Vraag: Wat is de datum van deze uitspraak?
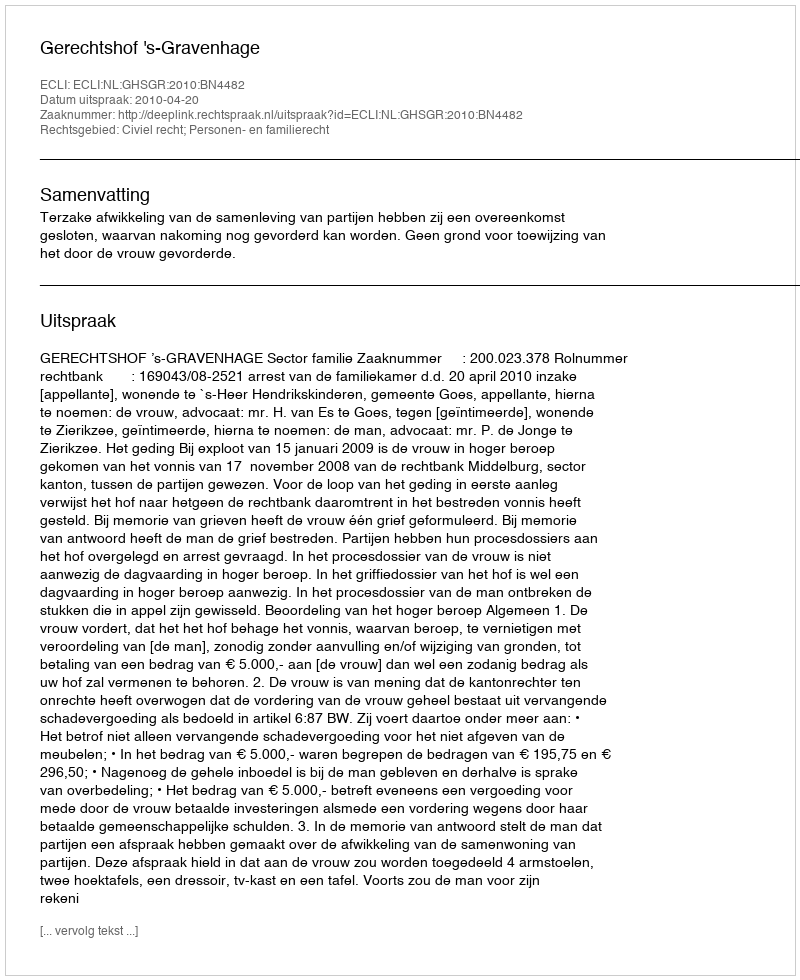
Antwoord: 2010-04-20